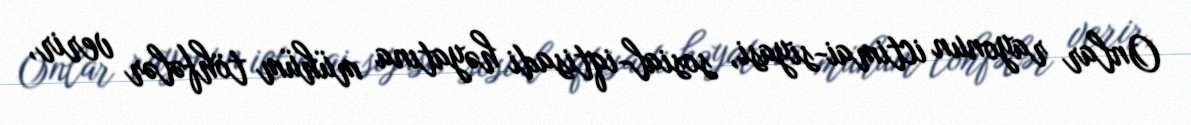
Onlar rayonun ictimai-siyasi, sosial-iqtisadi həyatına mühüm töhfələr verir,